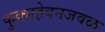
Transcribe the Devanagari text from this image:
कुक्सहेवनजवळ